Medical and sanitary report of the native army of Madras for the year
Year: 1878
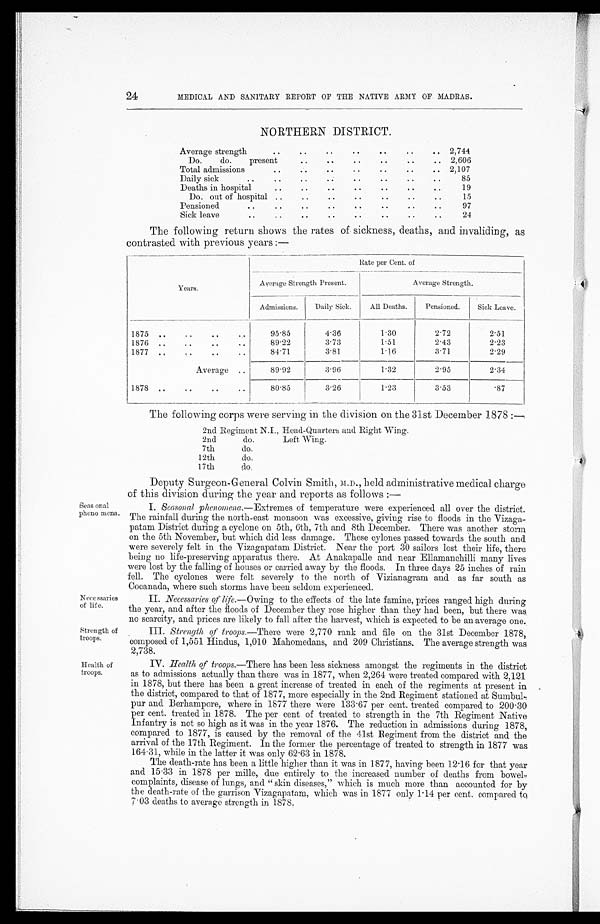
Necessarries of life.
Strength of
troops.
Health of
troops.
24
MEDICAL AND SANITARY REPORT OF THE NATIVE ARMY OF MADRAS.
NORTHERN DISTRICT.
Average strength
..
..
. .
..
. .
. .
.. 2,744
Do.
do.
present
..
. .
. .
..
..
.. 2,606
Total admissions
. .
..
..
. .
..
..
.. 2,107
Daily sick
..
..
..
..
..
..
..
..
85
Deaths in hospita
..
..
..
..
..
. .
. .
19
Do. out of hospital
. .
..
..
..
..
..
. .
15
Pensioned
..
..
. .
..
. .
..
..
. .
97
Sick leave
..
..
..
..
..
..
. .
..
24
The following return shows the rates of sickness, deaths, and invaliding, as
contrasted with previous years :—
Years.
Rate per Cent. of
Average Strength Present.
Average Strength.
Admissions.
Daily Sick.
All Deaths.
Pensioned.
Sick Leave.
1875 ..
. .
. .
. .
95.85
4 . 3 6 1.30
2.72
2.51
1876 ..
. .
..
..
89.22
3.73
1.51
2.43
2.23
1877 ..
. .
. .
. .
84.71
3.81
1.16
3.71
2.29
Average
. .
89.92
3.96
1.32
2.95
2.34
1878 ..
..
..
. .
80.85
3.26
1.23
3.53
.87
The following corps were serving in the division on the 31st December 1878
2nd Regiment N.I., Head-Quarters and Right Wing.
2nd
do.
Left Wing.
7th
do.
12th
do.
1 7 t h
d o .
Seas onal
pheno mena.
Deputy Surgeon-G eneral Colvin Smith, M.D., held administrative medical charge
of this division during the year and reports as follows :—
I. Seasonal phenomena.—Extremes of temperature were experienced all over the district.
The rainfall during the north-east monsoon was excessive, giving rise to floods in the Vizaga-
patam District during a cyclone on 5th, 6th, 7th and 8th December. There was another storm
on the 5th November, but which did less damage. These cylones passed towards the south and
were severely felt in the Vizagapatam District. Near the port 30 sailors lost their life, there
being no life-preserving apparatus there. At Anakapalle and near Ellamanehilli many lives
were lost by the falling of houses or carried away by the floods. In three days 25 inches of rain
fell. The cyclones were felt severely to the north of Vizianagram and as far south as
Cocanada, where such storms have been seldom experienced.
II. Necessaries of life.—Owing to the effects of the late famine, prices ranged high during
the year, and after the floods of December they rose higher than they had been, but there was
no scarcity, and. prices are likely to fall after the harvest, which is expected to be an average one.
III. Strength of troops .—There were 2,770 rank and file on the 31st December 1878,
• composed of 1,551 Hindus, 1,010 Mahomedans, and 209 Christians. The average strength was
2,738 .
IV. Health of troops .—There has been less sickness amongst the regiments in the district
as to admissions actually than there was in 1877, when 2,264 were treated compared with 2,121
in 1878, but there has been a great increase of treated in each of the regiments at present in
the district, compared to that of 1877, more especially in the 2nd Regiment stationed at Sumbu
l p u r a n d B e r h a m p o r e , w h e r e i n 1 8 7 7 t h e r e w e r e 1 3 3.
6 7 p e r c e n t . t r e a t e d c o m p a r e d t o 2 0 0 . 3 0
per cent. treated in 1878. The per cent of treated to strength in the 7th Regiment Native
Infantry is not so high as it was in the year 1876. The reduction in admissions during 1878,
compared to 1877, is caused by the removal of the 41st Regiment from the district and the
arrival of the 17th Regiment. In the former the percentage of treated to strength in 1877 was
164.31, while in the latter it was only 62.63 in 1878.
The death-rate has been a little higher than it was in 1877, having been 12.16 for that year
and 15.33 in 1878 per mine, due entirely to the increased number of deaths from bowel-
complaints, disease of lungs, and " skin diseases," which is much more than accounted for by
the death-rate of the garrison Vizagapatam , which was in 1877 only 1.14 per cent. compared to,
7.03 deaths to average strength in 1878.